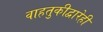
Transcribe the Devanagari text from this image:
वाहतुकीद्वारेही